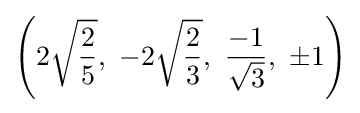
\left(2{\sqrt {\frac {2}{5}}},\ -2{\sqrt {\frac {2}{3}}},\ {\frac {-1}{\sqrt {3}}},\ \pm 1\right)